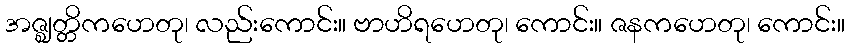
အဇ္ဈတ္တိကဟေတု၊ လည်းကောင်း။ ဗာဟိရဟေတု၊ ကောင်း။ ဇနကဟေတု၊ ကောင်း။